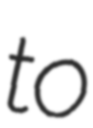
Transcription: to